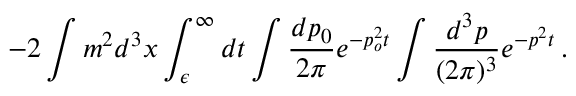
- 2 \int m ^ { 2 } d ^ { 3 } x \int _ { \epsilon } ^ { \infty } d t \int \frac { d p _ { 0 } } { 2 \pi } e ^ { - p _ { o } ^ { 2 } t } \int \frac { d ^ { 3 } p } { ( 2 \pi ) ^ { 3 } } e ^ { - p ^ { 2 } t } \, .